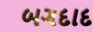
બગદાદ